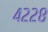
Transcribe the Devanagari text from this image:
४२२८